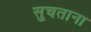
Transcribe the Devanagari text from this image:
सुचताना